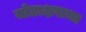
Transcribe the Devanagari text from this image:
जोडाक्षराचा